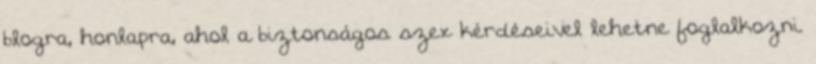
blogra, honlapra, ahol a biztonságos szex kérdéseivel lehetne foglalkozni.